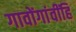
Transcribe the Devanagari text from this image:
गावोंगांवींहि